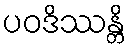
ပဝဒိဿန္တိ